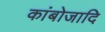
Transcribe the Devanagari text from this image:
कांबोजादि